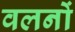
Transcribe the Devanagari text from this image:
वलनों